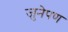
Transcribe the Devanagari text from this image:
जुनेपण